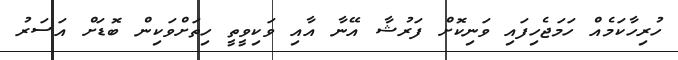
ހުރިހާކަމެއް ހަމަޖެހިފައި ވަނިކޮށް ފަރުޝާ އޭނާ އާއި ވަކިވީތީ ހިތަށްވަކިން ބޮޑަށް އަސަރު